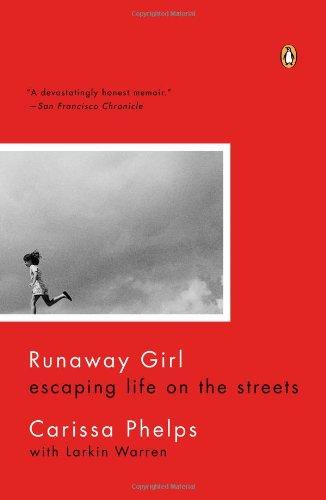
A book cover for Runaway Girl: Escaping Life on the Streets; Carissa Phelps; Politics & Social Sciences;